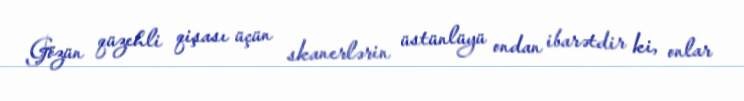
Gözün qüzehli qişası üçün skanerlərin üstünlüyü ondan ibarətdir ki, onlar